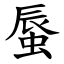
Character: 蜃